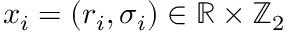
x _ { i } = ( r _ { i } , \sigma _ { i } ) \in \mathbb { R } \times \mathbb { Z } _ { 2 }